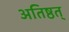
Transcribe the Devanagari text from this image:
अतिष्ठत्